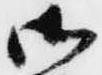
御